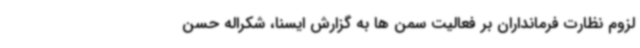
لزوم نظارت فرمانداران بر فعالیت سمن ها به گزارش ایسنا، شکراله حسن